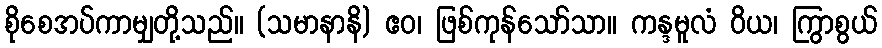
စိုစေအပ်ကာမျှတို့သည်။ (သမာနာနိ) ဧဝ၊ ဖြစ်ကုန်သော်သာ။ ကန္ဒမူလံ ဝိယ၊ ကြွာစွယ်